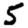
Digit: 5